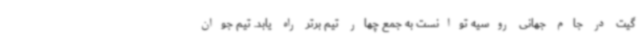
گیت در جام جهانی روسیه توانست به جمع چهار تیم برتر راه یابد. تیم جوان